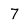
Character: 7